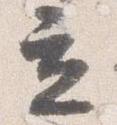
立